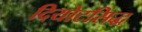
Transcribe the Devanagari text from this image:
दियोटसिद्ध